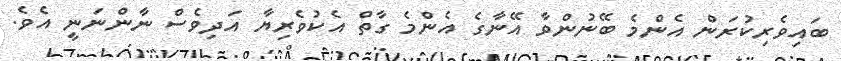
ބައިވެރިކުރަން އެންމެ ބޭނުންވާ އޭނާގެ އެންމެ ގާތް އެކުވެރިޔާ އަދިވެސް ނާންނަނީ އެވެ.